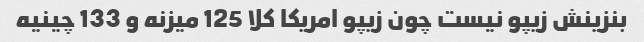
بنزینش زیپو نیست چون زیپو امریکا کلا 125 میزنه و 133 چینیه